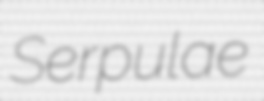
Serpulae